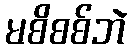
မစိစစ်ဘဲ